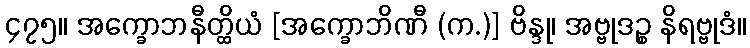
၄၇၅။ အက္ခောဘနီတ္ထိယံ [အက္ခောဘိဏီ (က.)] ဗိန္ဒု၊ အဗ္ဗုဒဉ္စ နိရဗ္ဗုဒံ။